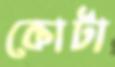
কোটা